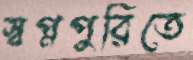
স্বপ্নপুরিতে